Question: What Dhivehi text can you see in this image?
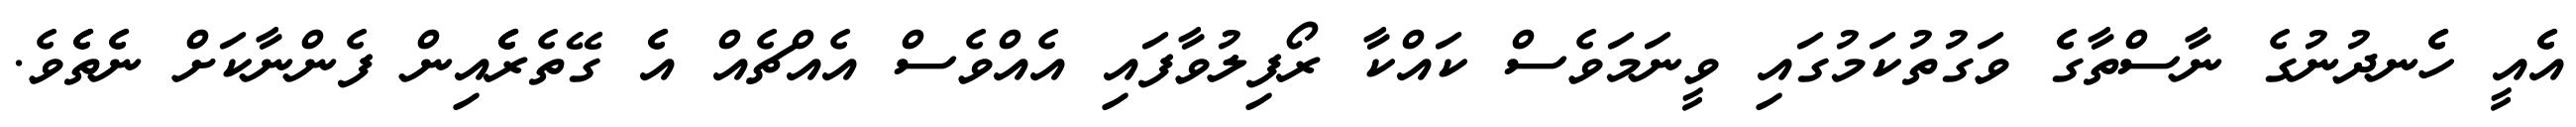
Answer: އެެއީ ހެެނދުނުގެ ނާސްތާގެެ ވަގުތުކަމުގައި ވީނަމަވެސް ކައްކާ ރޯފިލުވާފައި އެއްވެސް އެއްޗެއް އެެ ގޭތެރެެެއިން ފެންނާކަށް ނެެތެެވެ.